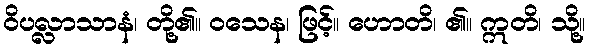
ဝိပလ္လာသာနံ၊ တို့၏။ ဝသေန၊ ဖြင့်။ ဟောတိ၊ ၏။ ဣတိ၊ သို့။